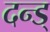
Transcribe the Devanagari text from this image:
दन्ड्